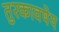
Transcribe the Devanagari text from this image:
तुरकावषेय